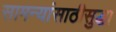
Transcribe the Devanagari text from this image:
सामन्यांसाठीसुद्धा